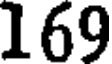
169